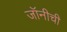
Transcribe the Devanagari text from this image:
जॉनीची